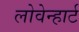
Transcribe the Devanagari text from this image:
लोवेन्हार्ट